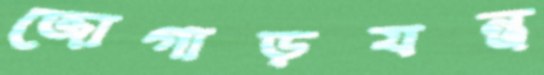
জোগাড়যন্ত্র